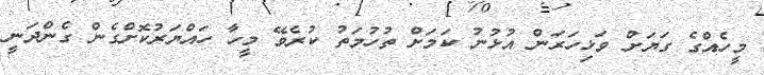
މީހެއްގެ ގަޔަށް ވަޅިހަރަން އުޅުނު ކަމަށް ތުހުމަތު ކުރެވޭ މީހާ ހައްޔަރުކޮށްގެން ގެންދަނީ